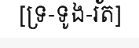
[ទ្រ-ទូង-រ័ត]